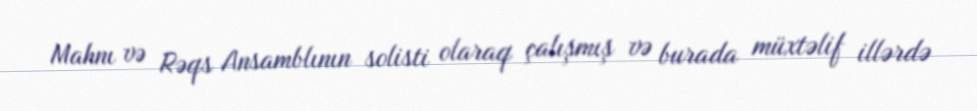
Mahnı və Rəqs Ansamblının solisti olaraq çalışmış və burada müxtəlif illərdə